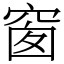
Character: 窗